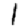
Digit: 1